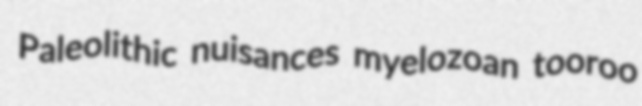
Paleolithic nuisances myelozoan tooroo